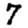
Digit: 7